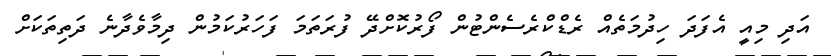
އަދި މިއީ އެފަދަ ހިދުމަތެއް ރެޑްކްރެސެންޓުން ފޯރުކޮށްދޭ ފުރަތަމަ ފަހަރުކަމުން ދިމާވެދާނެ ދަތިތަކަށް